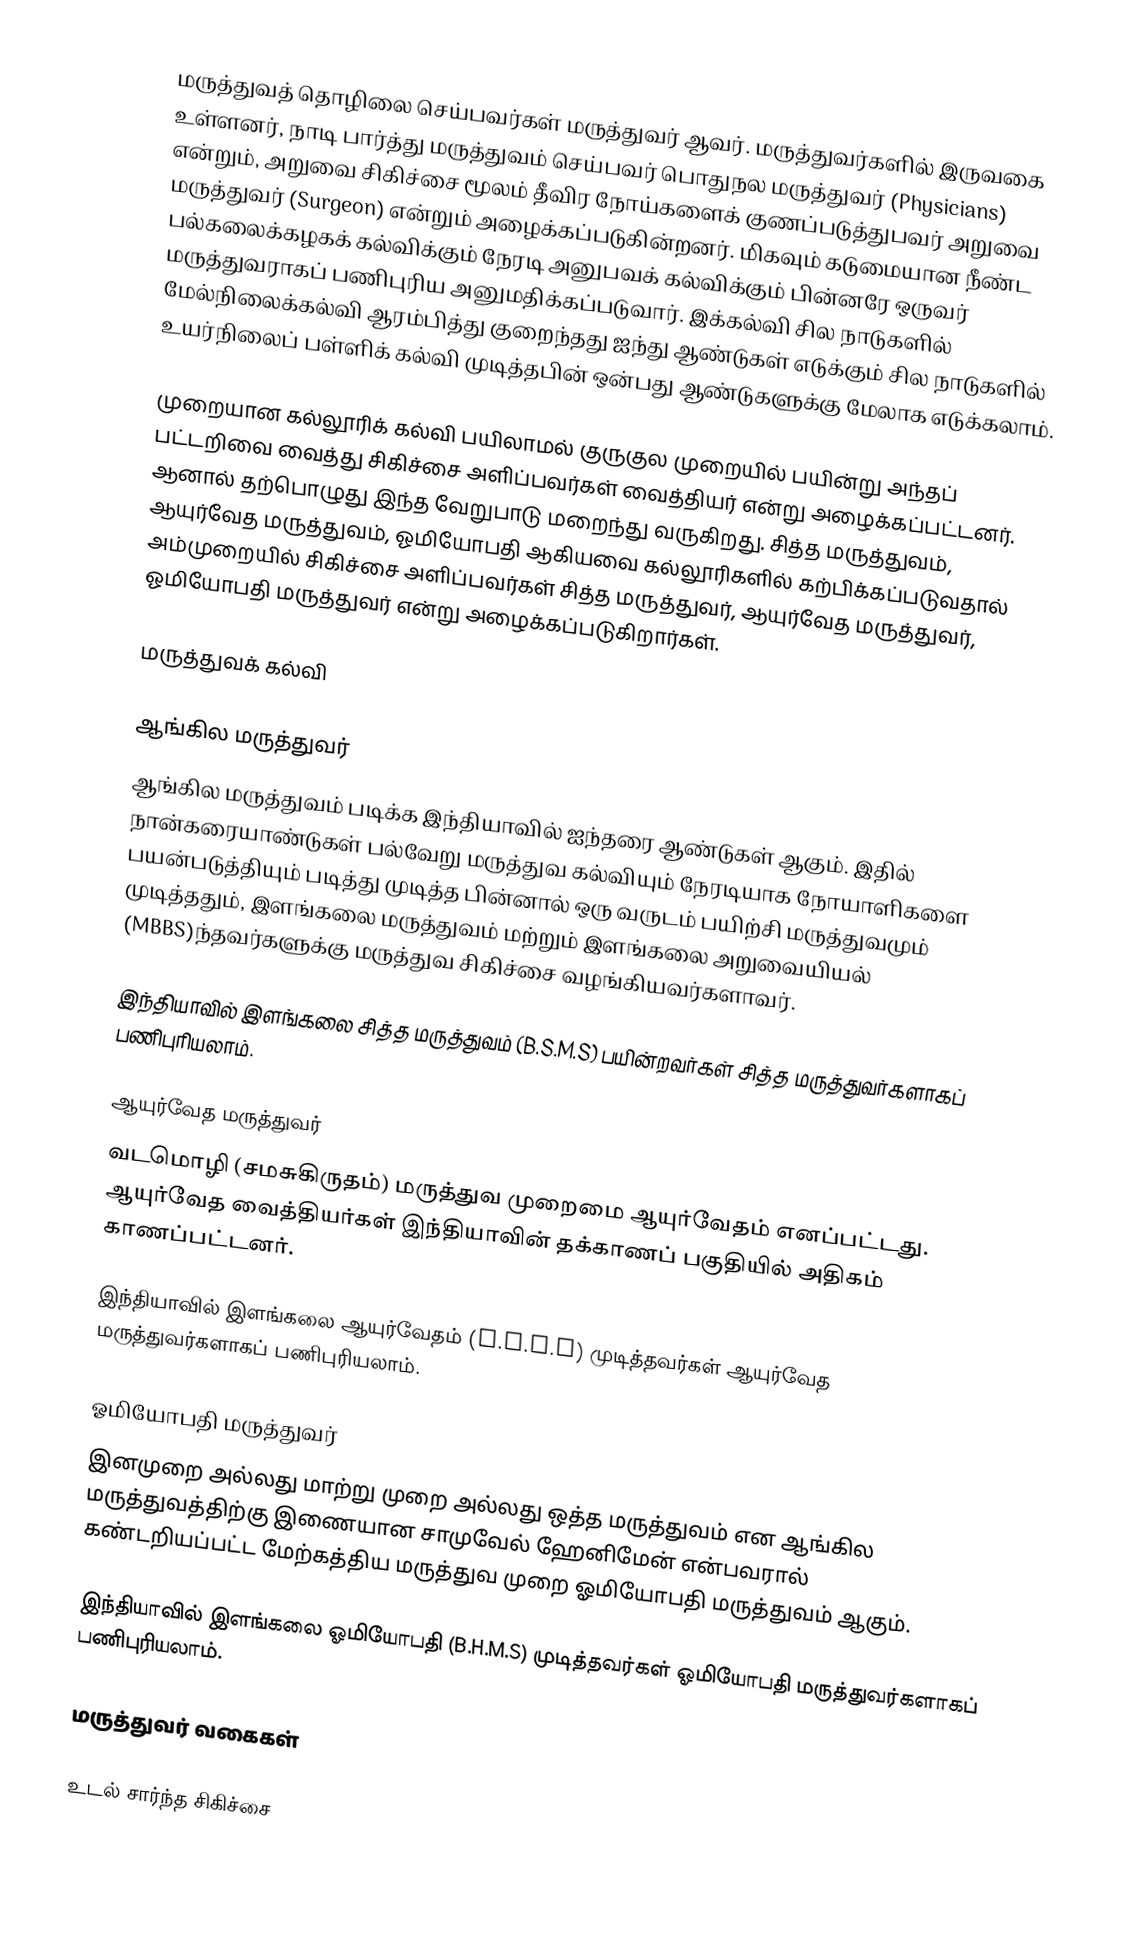
மருத்துவத் தொழிலை செய்பவர்கள் மருத்துவர் ஆவர். மருத்துவர்களில் இருவகை உள்ளனர், நாடி பார்த்து மருத்துவம் செய்பவர் பொதுநல மருத்துவர் (Physicians) என்றும், அறுவை சிகிச்சை மூலம் தீவிர நோய்களைக் குணப்படுத்துபவர் அறுவை மருத்துவர் (Surgeon) என்றும் அழைக்கப்படுகின்றனர். மிகவும் கடுமையான நீண்ட பல்கலைக்கழகக் கல்விக்கும் நேரடி அனுபவக் கல்விக்கும் பின்னரே ஒருவர் மருத்துவராகப் பணிபுரிய அனுமதிக்கப்படுவார். இக்கல்வி சில நாடுகளில் மேல்நிலைக்கல்வி ஆரம்பித்து குறைந்தது ஐந்து ஆண்டுகள் எடுக்கும் சில நாடுகளில் உயர்நிலைப் பள்ளிக் கல்வி முடித்தபின் ஒன்பது ஆண்டுகளுக்கு மேலாக எடுக்கலாம்.

முறையான கல்லூரிக் கல்வி பயிலாமல் குருகுல முறையில் பயின்று அந்தப் பட்டறிவை வைத்து சிகிச்சை அளிப்பவர்கள் வைத்தியர் என்று அழைக்கப்பட்டனர். ஆனால் தற்பொழுது இந்த வேறுபாடு மறைந்து வருகிறது. சித்த மருத்துவம், ஆயுர்வேத மருத்துவம், ஓமியோபதி ஆகியவை கல்லூரிகளில் கற்பிக்கப்படுவதால் அம்முறையில் சிகிச்சை அளிப்பவர்கள் சித்த மருத்துவர், ஆயுர்வேத மருத்துவர், ஓமியோபதி மருத்துவர் என்று அழைக்கப்படுகிறார்கள்.

மருத்துவக் கல்வி

ஆங்கில மருத்துவர்
ஆங்கில மருத்துவம் படிக்க இந்தியாவில் ஐந்தரை ஆண்டுகள் ஆகும்.  இதில் நான்கரையாண்டுகள் பல்வேறு மருத்துவ கல்வியும் நேரடியாக நோயாளிகளை பயன்படுத்தியும் படித்து முடித்த பின்னால் ஒரு வருடம் பயிற்சி மருத்துவமும் முடித்ததும், இளங்கலை மருத்துவம் மற்றும் இளங்கலை அறுவையியல் (MBBS)ந்தவர்களுக்கு மருத்துவ சிகிச்சை வழங்கியவர்களாவர்.

இந்தியாவில் இளங்கலை சித்த மருத்துவம் (B.S.M.S) பயின்றவர்கள் சித்த மருத்துவர்களாகப் பணிபுரியலாம்.

ஆயுர்வேத மருத்துவர்
வடமொழி (சமசுகிருதம்) மருத்துவ முறைமை ஆயுர்வேதம் எனப்பட்டது. ஆயுர்வேத வைத்தியர்கள் இந்தியாவின் தக்காணப் பகுதியில் அதிகம் காணப்பட்டனர்.

இந்தியாவில் இளங்கலை ஆயுர்வேதம் (B.A.M.S) முடித்தவர்கள் ஆயுர்வேத மருத்துவர்களாகப் பணிபுரியலாம்.

ஓமியோபதி மருத்துவர்
இனமுறை அல்லது மாற்று முறை அல்லது ஒத்த மருத்துவம் என ஆங்கில மருத்துவத்திற்கு இணையான சாமுவேல் ஹேனிமேன் என்பவரால் கண்டறியப்பட்ட மேற்கத்திய மருத்துவ முறை ஓமியோபதி மருத்துவம் ஆகும்.

இந்தியாவில் இளங்கலை ஓமியோபதி (B.H.M.S) முடித்தவர்கள் ஓமியோபதி மருத்துவர்களாகப் பணிபுரியலாம்.

மருத்துவர் வகைகள்

உடல் சார்ந்த சிகிச்சை